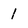
Character: 1